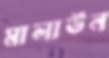
মালাউন